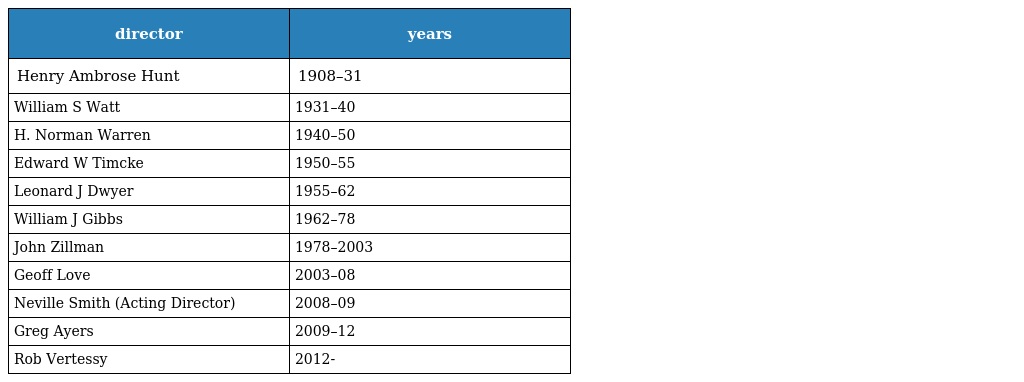
| director | years |
 | --- | --- |
 | Henry Ambrose Hunt | 1908–31 |
 | William S Watt | 1931–40 |
 | H. Norman Warren | 1940–50 |
 | Edward W Timcke | 1950–55 |
 | Leonard J Dwyer | 1955–62 |
 | William J Gibbs | 1962–78 |
 | John Zillman | 1978–2003 |
 | Geoff Love | 2003–08 |
 | Neville Smith (Acting Director) | 2008–09 |
 | Greg Ayers | 2009–12 |
 | Rob Vertessy | 2012- |